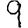
Digit: 9